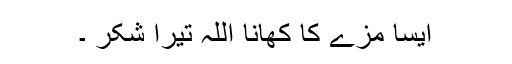
ایسا مزے کا کھانا اللہ تیرا شکر ۔